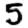
Digit: 5